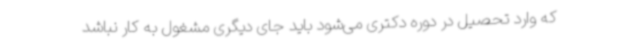
که وارد تحصیل در دوره دکتری می‌شود باید جای دیگری مشغول به کار نباشد